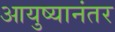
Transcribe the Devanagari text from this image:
आयुष्यानंतर